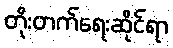
တိုးတက်ရေးဆိုင်ရာ